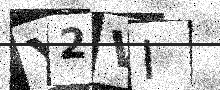
Text: Y2VI